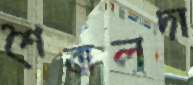
শৈবালদা